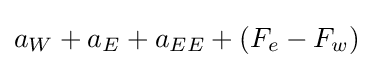
a_{W}+a_{E}+a_{EE}+\left(F_{e}-F_{w}\right)